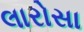
લારોસા